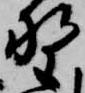
野